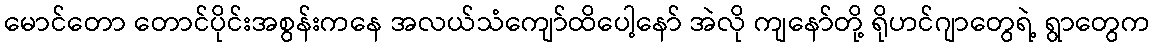
မောင်တော တောင်ပိုင်းအစွန်းကနေ အလယ်သံကျော်ထိပေါ့နော် အဲလို ကျနော်တို့ ရိုဟင်ဂျာတွေရဲ့ ရွာတွေက